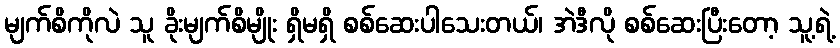
မျက်စိကိုလဲ သူ ခိုးမျက်စိမျိုး ရှိမရှိ စစ်ဆေးပါသေးတယ်၊ အဲဒီလို စစ်ဆေးပြီးတော့ သူ့ရဲ့